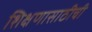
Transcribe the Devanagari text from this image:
शिक्षणासाठीची